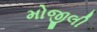
મોજીલી